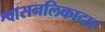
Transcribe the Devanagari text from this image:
श्वासनलिकादाह